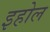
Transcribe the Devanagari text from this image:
इहोल